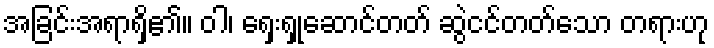
အခြင်းအရာရှိ၏။ ဝါ၊ ရှေးရှုဆောင်တတ် ဆွဲငင်တတ်သော တရားဟု